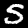
Digit: 5